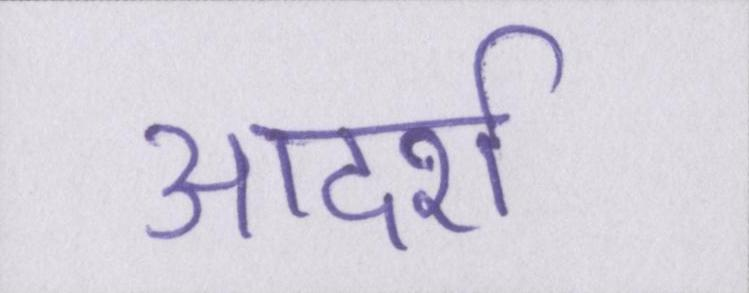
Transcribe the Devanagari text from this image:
आदर्श